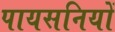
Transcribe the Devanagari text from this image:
पायसनियों